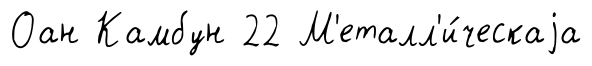
Оан Камбун 22 М'еталл'и́ческаjа